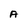
Character: A